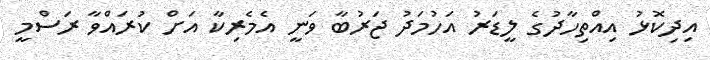
އިދިކޮޅު އިއްތިހާދުގެ ލީޑަރު އަހުމަދު ޖަރުބާ ވަނީ އެމެރިކާ އަށް ކުރައްވާ ރަސްމީ